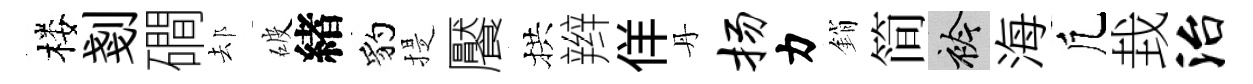
楼剗磵𨚫破緖豹提饜拱辫佯丹扬力銷简衿海凢㘽治